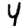
Digit: 4